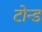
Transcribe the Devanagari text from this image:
टोन्ड